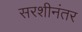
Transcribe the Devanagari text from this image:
सरशीनंतर